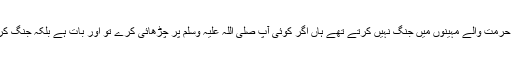
(تفسیر ابن جریر الطبری:575/3) مسند احمد میں حدیث ہے کہ رسول اللہ صلی اللہ علیہ وسلم حرمت والے مہینوں میں جنگ نہیں کرتے تھے ہاں اگر کوئی آپ صلی اللہ علیہ وسلم پر چڑھائی کرے تو اور بات ہے بلکہ جنگ کرتے ہوئے اگر حرمت والے مہینے آ جاتے تو آپ صلی اللہ علیہ وسلم لڑائی موقوف کر دیتے ۔